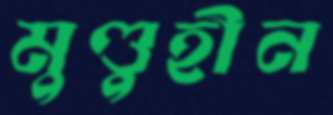
মুণ্ডুহীন